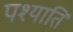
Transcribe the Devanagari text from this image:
पश्याति